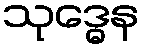
သုဒ္ဓေန